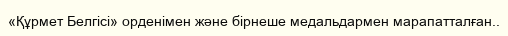
«Құрмет Белгісі» орденімен және бірнеше медальдармен марапатталған..